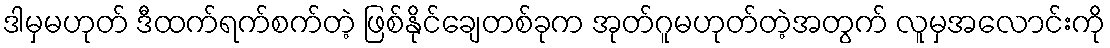
ဒါမှမဟုတ် ဒီထက်ရက်စက်တဲ့ ဖြစ်နိုင်ချေတစ်ခုက အုတ်ဂူမဟုတ်တဲ့အတွက် လူမှအလောင်းကို